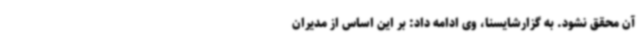
آن محقق نشود. به گزارشایسنا، وی ادامه داد: بر این اساس از مدیران